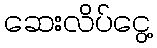
ဆေးလိပ်ငွေ့